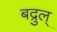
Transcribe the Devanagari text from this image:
बद्रुल्